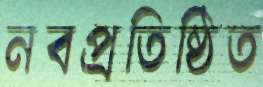
নবপ্রতিষ্ঠিত